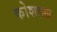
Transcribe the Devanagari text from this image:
कोशाला